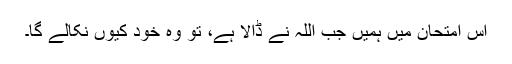
اس امتحان میں ہمیں جب اللہ نے ڈالا ہے، تو وہ خود کیوں نکالے گا۔